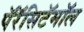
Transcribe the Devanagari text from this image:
पॅरॅसिटॅमॉल